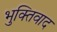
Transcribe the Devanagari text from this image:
भुक्तिवाद